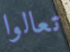
تعالوا